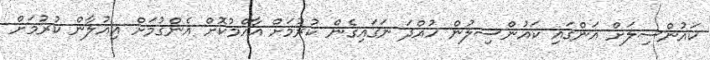
ކައުންސިލަށް އަންގައި ކައުންސިލުން ހުއްދަ ނަގައިގެން ކުރުމަށް އާއްމުކޮށް އެންގުމަށް އިއުލާން ކުރުމަށް